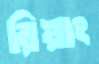
রিয়াং